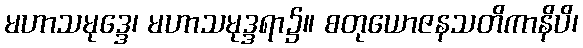
မဟာသမုဒ္ဒေ၊ မဟာသမုဒ္ဒရာ၌။ စတုယောဇနသတိကာနိပိ၊